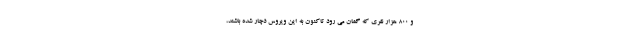
و ۸۰۰ هزار نفری که گمان می رود تاکنون به این ویروس دچار شده باشند،